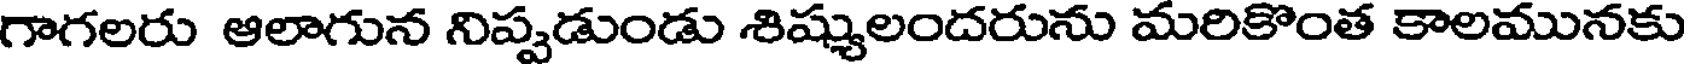
గాగలరు ఆలాగున నిప్పడుండు శిష్యులందరును మరికొంత కాలమునకు